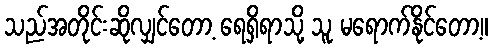
သည်အတိုင်းဆိုလျှင်တော့ ရေရှိရာသို့ သူ မရောက်နိုင်တော့။